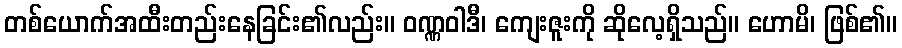
တစ်ယောက်အထီးတည်းနေခြင်း၏လည်း။ ဝဏ္ဏဝါဒီ၊ ကျေးဇူးကို ဆိုလေ့ရှိသည်။ ဟောမိ၊ ဖြစ်၏။